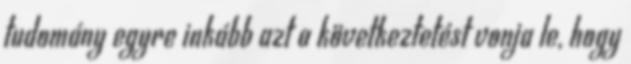
tudomány egyre inkább azt a következtetést vonja le, hogy